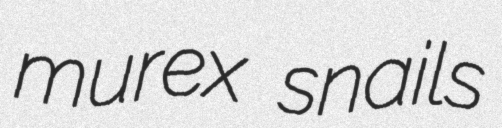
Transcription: murex snails